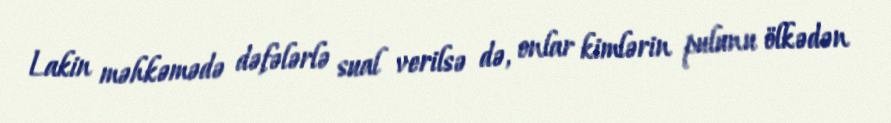
Lakin məhkəmədə dəfələrlə sual verilsə də, onlar kimlərin pulunu ölkədən